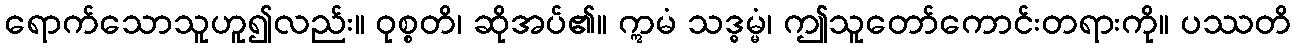
ရောက်သောသူဟူ၍လည်း။ ဝုစ္စတိ၊ ဆိုအပ်၏။ ဣမံ သဒ္ဓမ္မံ၊ ဤသူတော်ကောင်းတရားကို။ ပဿတိ